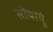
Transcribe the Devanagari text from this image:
सोंपायुं